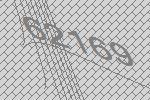
62169